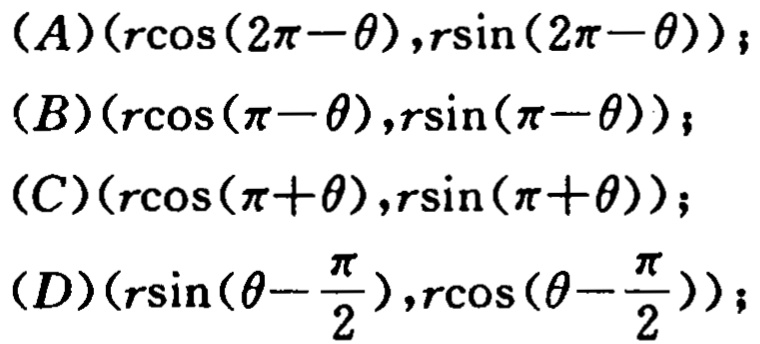
$(A)(r\cos(2\pi - \theta),r\sin(2\pi - \theta));$

$(B)(r\cos(\pi - \theta),r\sin(\pi - \theta));$

$(C)(r\cos(\pi + \theta),r\sin(\pi + \theta));$

$(D)(r\sin(\theta - \frac{\pi}{2}),r\cos(\theta - \frac{\pi}{2}));$